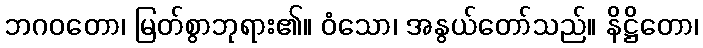
ဘဂဝတော၊ မြတ်စွာဘုရား၏။ ဝံသော၊ အနွယ်တော်သည်။ နိဋ္ဌိတော၊